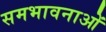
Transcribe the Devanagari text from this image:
समभावनाओं